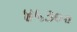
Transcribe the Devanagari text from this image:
४५३००